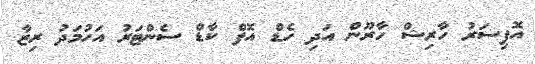
އޮފިސަރު ހާރިޝް ހާރޫން އަދި ހެޑް އޮފް ކާޑް ސެންޓަރު އަހުމަދު ރިޒާ